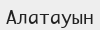
Алатауын